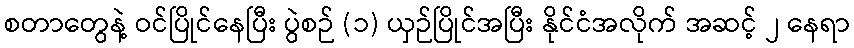
စတာတွေနဲ့ ဝင်ပြိုင်နေပြီး ပွဲစဉ် (၁) ယှဉ်ပြိုင်အပြီး နိုင်ငံအလိုက် အဆင့် ၂ နေရာ